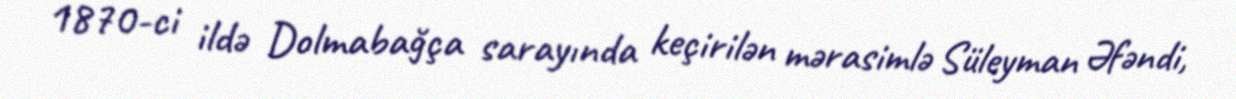
1870-ci ildə Dolmabağça sarayında keçirilən mərasimlə Süleyman Əfəndi,